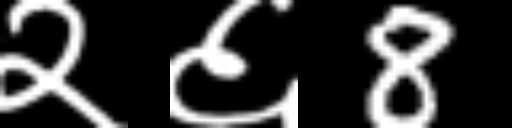
Text: २६8